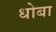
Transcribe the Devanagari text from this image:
धोबा